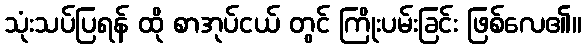
သုံးသပ်ပြရန် ထို စာအုပ်ငယ် တွင် ကြိုးပမ်းခြင်း ဖြစ်လေ၏။